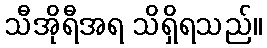
သီအိုရီအရ သိရှိရသည်။